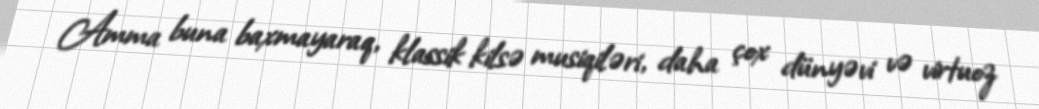
Amma buna baxmayaraq, klassik kilsə musiqiləri, daha çox dünyəvi və virtuoz